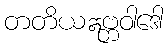
တတိယဣဗ္ဘဝါဒေါ